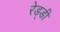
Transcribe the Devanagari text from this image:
रेड्‌डी